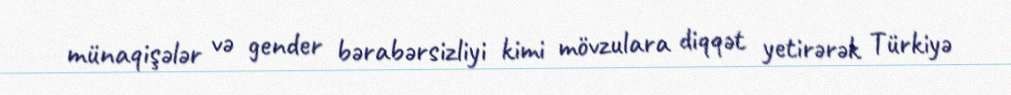
münaqişələr və gender bərabərsizliyi kimi mövzulara diqqət yetirərək Türkiyə